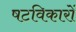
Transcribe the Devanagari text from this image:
षटविकारों